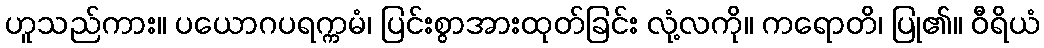
ဟူသည်ကား။ ပယောဂပရက္ကမံ၊ ပြင်းစွာအားထုတ်ခြင်း လုံ့လကို။ ကရောတိ၊ ပြု၏။ ဝီရိယံ